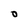
Character: 0